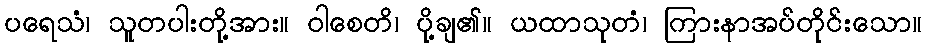
ပရေသံ၊ သူတပါးတို့အား။ ဝါစေတိ၊ ပို့ချ၏။ ယထာသုတံ၊ ကြားနာအပ်တိုင်းသော။